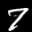
Label: 7